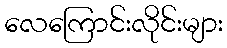
လေကြောင်းလိုင်းများ